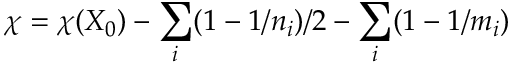
\chi = \chi ( X _ { 0 } ) - \sum _ { i } ( 1 - 1 / n _ { i } ) / 2 - \sum _ { i } ( 1 - 1 / m _ { i } )